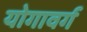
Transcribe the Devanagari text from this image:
योगावर्ग